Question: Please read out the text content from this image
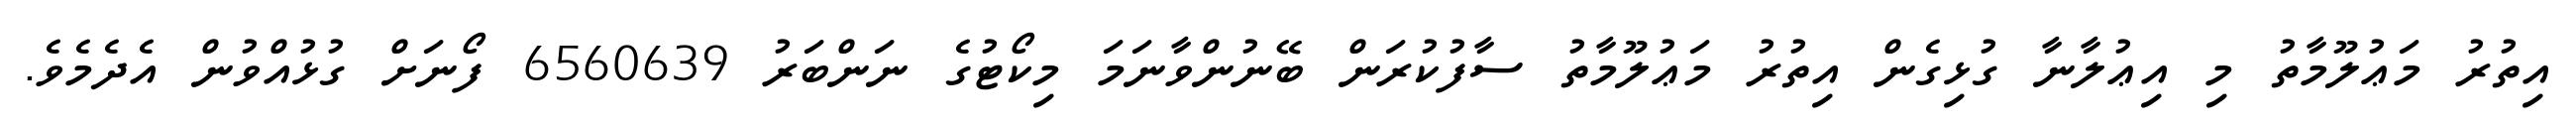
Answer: އިތުރު މަޢުލޫމާތު މި އިޢުލާނާ ގުޅިގެން އިތުރު މަޢުލޫމާތު ސާފުކުރަން ބޭނުންވާނަމަ މިކޯޓުގެ ނަންބަރު 6560639 ފޯނަށް ގުޅުއްވުން އެދެމެވެ.